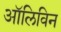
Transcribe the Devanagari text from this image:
ऑलिविन